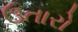
ઉતારો